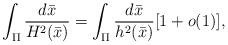
LaTeX: \begin{align*}\int_{\Pi}\frac{d\bar{x}}{H^2(\bar{x})}=\int_{\Pi}\frac{d\bar{x}}{h^2(\bar{x})}[1+o(1)], \end{align*}